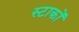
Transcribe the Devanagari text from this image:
स्टाकों